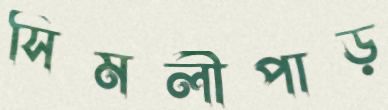
সিমলীপাড়